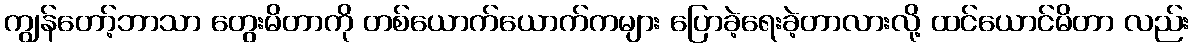
ကျွန်တော့်ဘာသာ တွေးမိတာကို တစ်ယောက်ယောက်ကများ ပြောခဲ့ရေးခဲ့တာလားလို့ ထင်ယောင်မိတာ လည်း